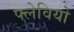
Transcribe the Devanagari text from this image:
फ्लेवियो